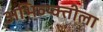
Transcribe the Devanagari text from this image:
अभिव्य्क्तीला